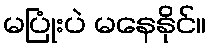
မပြုံးပဲ မနေနိုင်။